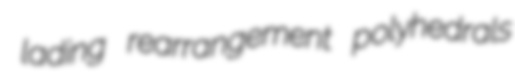
lading rearrangement polyhedrals